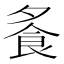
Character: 𩚏